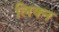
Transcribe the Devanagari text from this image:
लिक्न